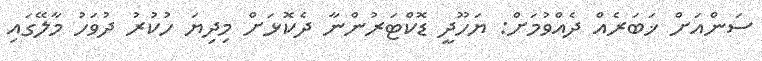
ސަންއަށް ޚަބަރެއް ދެއްވުމަށް: ޔަހޫދީ ޑޮކްޓަރުންނާ ދެކޮޅަށް މިދިޔަ ހުކުރު ދުވަހު މާލޭގައި